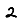
Digit: 2